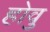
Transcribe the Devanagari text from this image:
होवु